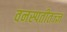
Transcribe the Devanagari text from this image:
वनस्पतीतज्‍ज्ञ